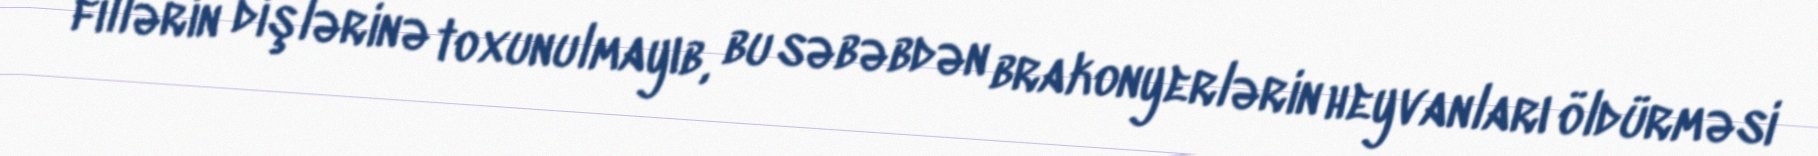
fillərin dişlərinə toxunulmayıb, bu səbəbdən brakonyerlərin heyvanları öldürməsi